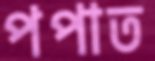
পপাত